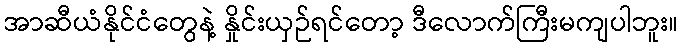
အာဆီယံနိုင်ငံတွေနဲ့ နှိုင်းယှဉ်ရင်တော့ ဒီလောက်ကြီးမကျပါဘူး။